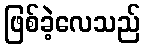
ဖြစ်ခဲ့လေသည်